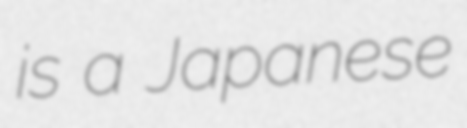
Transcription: is a Japanese